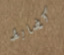
كضابط